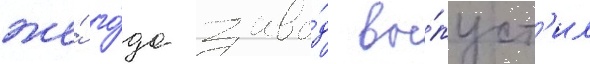
же́ го́да заво́д вы́пуст'ил